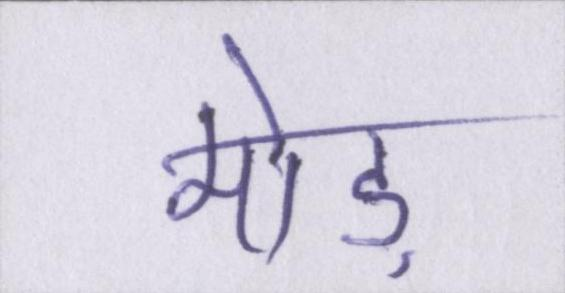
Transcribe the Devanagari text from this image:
मोड़